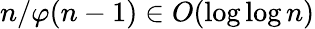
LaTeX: n/\varphi(n-1)\in O(\log\log n)